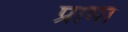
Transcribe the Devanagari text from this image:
प्रामा